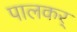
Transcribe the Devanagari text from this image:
पालकर्